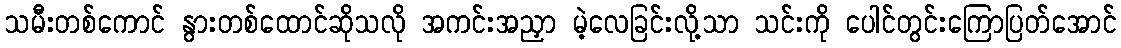
သမီးတစ်ကောင် နွားတစ်ထောင်ဆိုသလို အကင်းအညှာ မဲ့လေခြင်းလို့သာ သင်းကို ပေါင်တွင်းကြောပြတ်အောင်